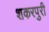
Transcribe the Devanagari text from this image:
शकरपुरी